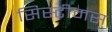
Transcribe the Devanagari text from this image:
सिस्टीमस्